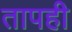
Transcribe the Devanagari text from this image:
तापही